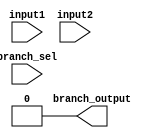
module Branch_unit(branch_sel, input1, input2, branch_output);
    input [3:0] branch_sel;
    input [31:0] input1, input2;    //DATA1, DATA2 respectively, after comparing them, output will be decided
    output reg branch_output;
    //according to logic of control unit branch_sel[3] will decide whether it is a regular instruction or a branch/jump instruction
    //if branch_output == 1 -> pc will be updated with new pc value (not pc + 4)
    //else pc -> pc + 4
    //if given condition is true, branch_output will be 1
    always @ (*)
    begin
        if (SELECT[3])    //not a regular instruction
        begin
            case (SELECT[2:0]) // base on the other 3 bits type of the branch/jump instruction will be selected
            
                3'b000: //func3 = 000 -> BEQ
                    branch_output <= #1 (input1 == input2);
                
                3'b001: //func3 = 001 -> BNE
                    branch_output <= #1 (input1 != input2);
                
                3'b100:  //func3 = 100 -> BLT
                    branch_output <= #1 ($signed(input1) < $signed(input2));
                
                3'b101:  //func3 = 101 -> BGE
                    branch_output <= #1 ($signed(input1) >= $signed(input2));
                
                3'b110:  //func3 = 110 -> BLTU
                    branch_output <= #1 ($unsigned(input1) < $unsigned(input2)); 
                
                3'b111:  //func3 = 111 -> BGEU
                    branch_output <= #1 ($unsigned(input1) >= $unsigned(input2)); 
                
                // for JAL and JALR
                3'b010: //genetared from control unit (not from instruction)
                    branch_output <= #1 1'b1; 

                //for any other combination    
                default:
                    branch_output <= #1 1'b0;
            endcase
        end
        else    //regular instruction
        begin
            branch_output <= #1 1'b0;
        end
    end
endmodule